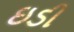
ઇડી